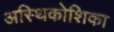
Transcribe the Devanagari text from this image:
अस्थिकोशिका